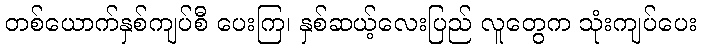
တစ်ယောက်နှစ်ကျပ်စီ ပေးကြ၊ နှစ်ဆယ့်လေးပြည် လူတွေက သုံးကျပ်ပေး